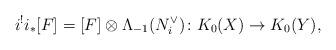
LaTeX: \begin{align*}i^!i_*[F]= [F]\otimes \Lambda_{-1}(N_i^\vee)\colon K_0(X) \to K_0(Y),\end{align*}